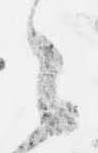
々